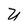
Character: U